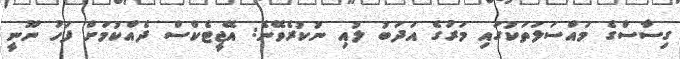
ގިސާސްގެ މައްސަލަތަކުގައި މަރުގެ އަދަބު ލުއި ނުކުރެވޭނެ: އޭޖީޓެކްސް ދެއްކުމަށް ފަހު ނޫނީ